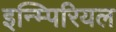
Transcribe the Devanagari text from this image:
इन्म्पिरियल